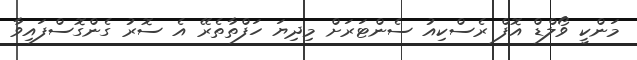
މަންކީ ވޯލްޑް އޮފް ރެސްކިއު ސެންޓަރަށް މިދިޔަ ހަފްތާތެރޭ އެ ސޮރު ގެންގޮސްފައިވާ